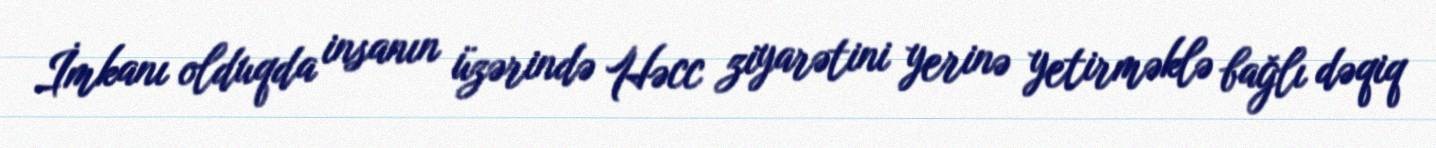
İmkanı olduqda insanın üzərində Həcc ziyarətini yerinə yetirməklə bağlı dəqiq